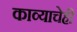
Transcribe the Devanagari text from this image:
काव्याचेही